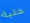
خلية